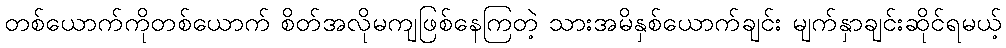
တစ်ယောက်ကိုတစ်ယောက် စိတ်အလိုမကျဖြစ်နေကြတဲ့ သားအမိနှစ်ယောက်ချင်း မျက်နှာချင်းဆိုင်ရမယ့်